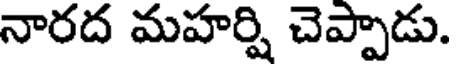
నారద మహర్షి చెప్పాడు.